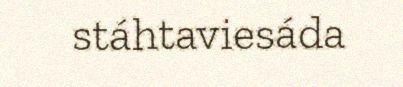
stáhtaviesáda